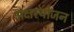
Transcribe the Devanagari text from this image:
अक्षरयोजन